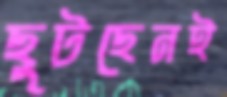
ছুটছেনই